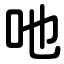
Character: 吔